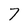
Character: 7